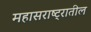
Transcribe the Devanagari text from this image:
महासराष्ट्रातील